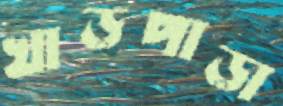
খাড়পাড়া